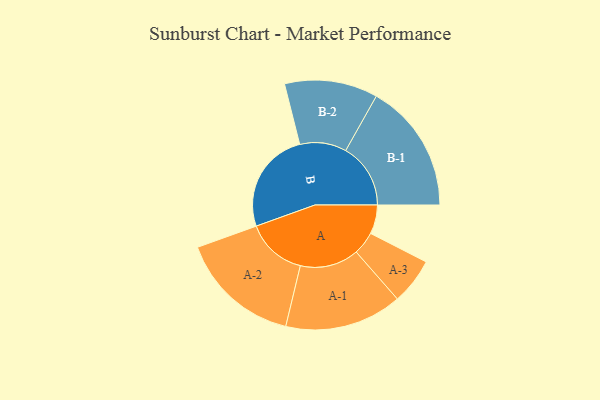
{"axis": {"x": "Segment", "y": "Value"}, "legend": ["", "A", "B"], "data": [{"x": "A", "y": 130, "type": ""}, {"x": "B", "y": 459, "type": ""}, {"x": "A-1", "y": 263, "type": "A"}, {"x": "A-2", "y": 272, "type": "A"}, {"x": "A-3", "y": 104, "type": "A"}, {"x": "B-1", "y": 291, "type": "B"}, {"x": "B-2", "y": 209, "type": "B"}]}